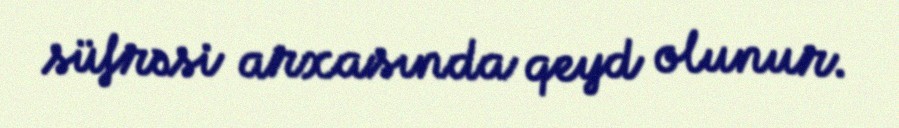
süfrəsi arxasında qeyd olunur.